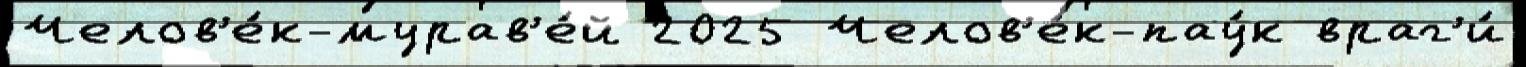
Челов'е́к-мурав'е́й 2025 Челов'е́к-пау́к враг'и́